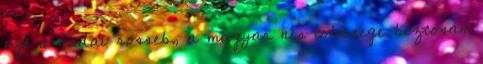
ezt a radai rosseb, a magyar nep tobbsege biztosan